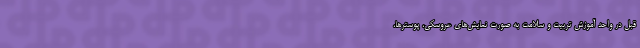
قبل در واحد آموزش تربیت و سلامت به صورت نمایش‌های عروسکی، پوسترها،